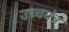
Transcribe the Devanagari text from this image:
उच्चयंत्र